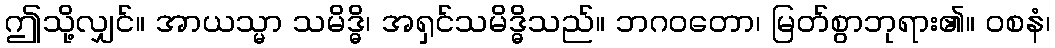
ဤသို့လျှင်။ အာယသ္မာ သမိဒ္ဓိ၊ အရှင်သမိဒ္ဓိသည်။ ဘဂဝတော၊ မြတ်စွာဘုရား၏။ ဝစနံ၊